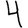
Digit: 4